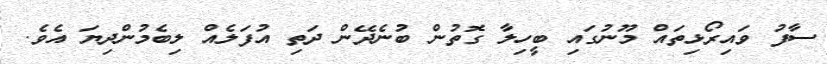
ސާފު ވައިރޯޅިތައް މޫނުގައި ބީހިލާ ގޮތުން ބުނެދޭން ދަތި އުފަލެއް ލިބެމުންދިޔަ އެވެ.